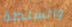
والسلطة